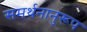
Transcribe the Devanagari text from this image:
समर्थनानुरूप